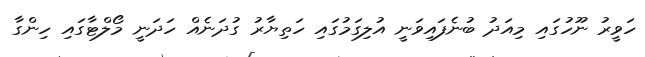
ހަވީރު ނޫހުގައި މިއަދު ބުނެފައިވަނީ އުލިގަމުގައި ހަތިޔާރު ގުދަނެއް ހަދަނީ މޯލްޓާގައި ހިންގާ